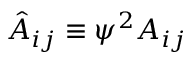
\hat { A } _ { i j } \equiv \psi ^ { 2 } A _ { i j }